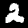
Label: 2